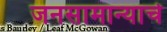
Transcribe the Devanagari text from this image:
जनसामान्याचे